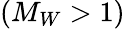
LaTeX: (M_{W}>1)